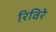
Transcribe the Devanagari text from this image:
रिविरे